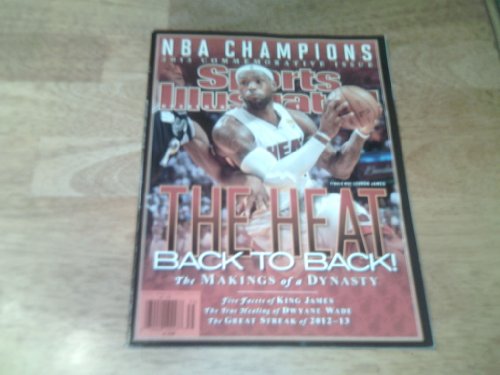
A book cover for SPORTS ILLUSTRATED--MIAMI HEAT 2012 CHAMPIONS--COMMEMORATIVE ISSUE (Sports Illustrated); Sports & Outdoors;